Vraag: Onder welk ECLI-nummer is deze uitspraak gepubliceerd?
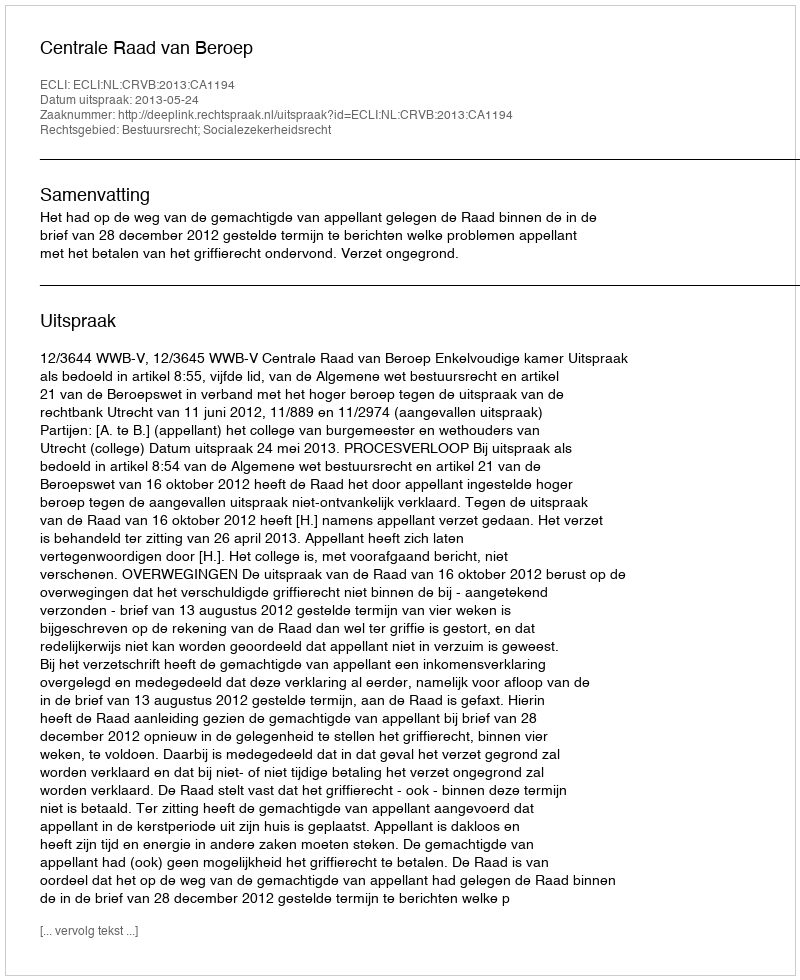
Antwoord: ECLI:NL:CRVB:2013:CA1194